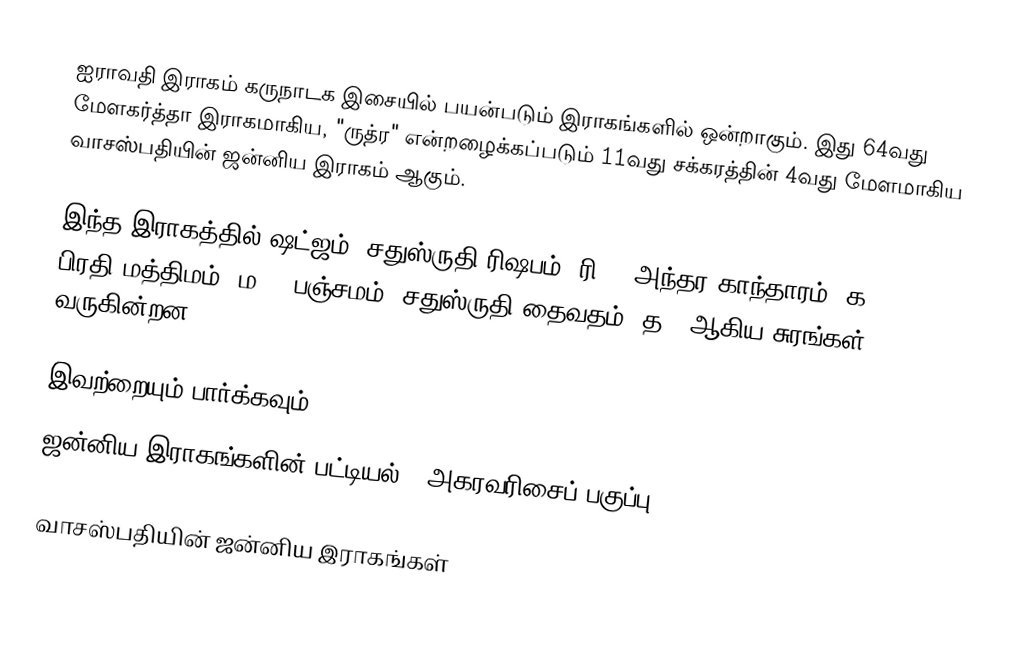
ஐராவதி இராகம் கருநாடக இசையில் பயன்படும் இராகங்களில் ஒன்றாகும். இது 64வது மேளகர்த்தா இராகமாகிய, "ருத்ர" என்றழைக்கப்படும் 11வது சக்கரத்தின் 4வது மேளமாகிய வாசஸ்பதியின் ஜன்னிய இராகம் ஆகும்.

இந்த இராகத்தில் ஷட்ஜம், சதுஸ்ருதி ரிஷபம் (ரி2),  அந்தர காந்தாரம் (க3), பிரதி மத்திமம் (ம2), பஞ்சமம்,  சதுஸ்ருதி தைவதம் (த2)  ஆகிய சுரங்கள் வருகின்றன.

இவற்றையும் பார்க்கவும்
 ஜன்னிய இராகங்களின் பட்டியல் - அகரவரிசைப் பகுப்பு

வாசஸ்பதியின் ஜன்னிய இராகங்கள்